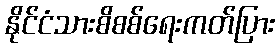
နိုင်ငံသားစိစစ်ရေးကတ်ပြား